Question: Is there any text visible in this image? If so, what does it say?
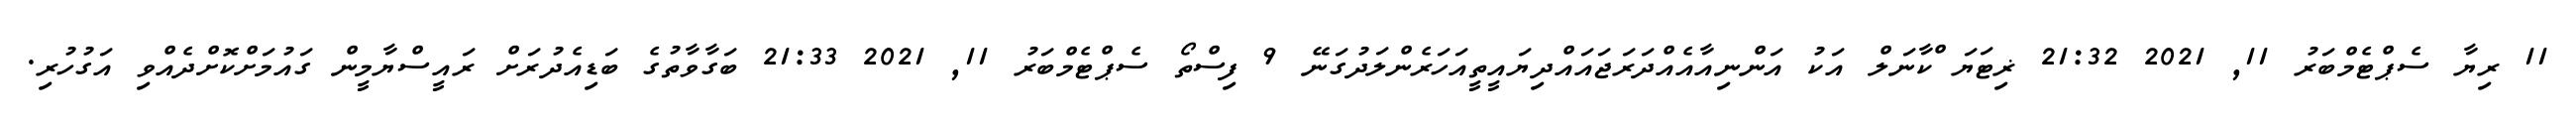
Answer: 11 ރިޔާ ސެޕްޓެމްބަރު 11, 2021 21:32 ޜިޓަޔަޱްކާނަލް އަކު އަންނިއާއެއްދަރަޖައައްދިޔައީތީއަހަރެންލަދުގަނޭ 9 ފިސްތޯ ސެޕްޓެމްބަރު 11, 2021 21:33 ބަގާވާތުގެ ބަޑިއެދުރަށް ރައީސްޔާމީން ގައުމަށްކޮށްދެއްވި އަގުހުރި.